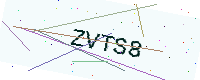
Text: ZVTS8